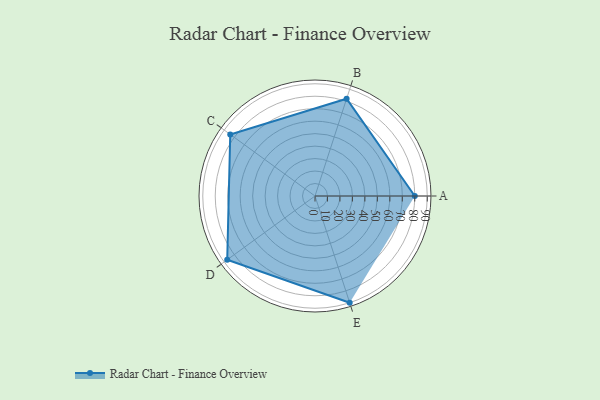
{"axis": {"x": "Skill", "y": "Score"}, "legend": ["Profile"], "data": [{"x": "A", "y": 80.0, "type": "Profile"}, {"x": "B", "y": 82.0, "type": "Profile"}, {"x": "C", "y": 84.0, "type": "Profile"}, {"x": "D", "y": 87.0, "type": "Profile"}, {"x": "E", "y": 90.0, "type": "Profile"}]}